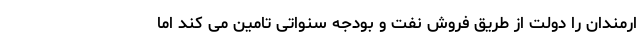
ارمندان را دولت از طریق فروش نفت و بودجه سنواتی تامین می کند اما